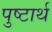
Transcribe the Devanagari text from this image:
पुष्टार्थ